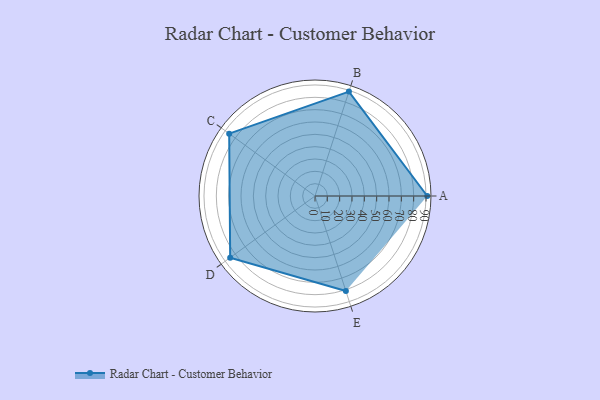
{"axis": {"x": "Skill", "y": "Score"}, "legend": ["Profile"], "data": [{"x": "A", "y": 91.0, "type": "Profile"}, {"x": "B", "y": 89.0, "type": "Profile"}, {"x": "C", "y": 86.0, "type": "Profile"}, {"x": "D", "y": 85.0, "type": "Profile"}, {"x": "E", "y": 81.0, "type": "Profile"}]}